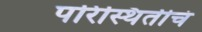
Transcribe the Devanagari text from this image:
परिस्थितीचं